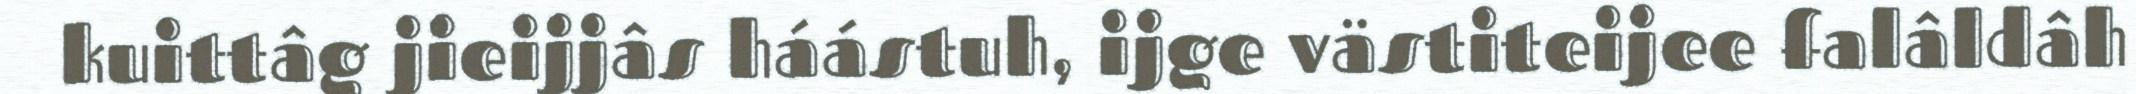
kuittâg jieijjâs háástuh, ijge västiteijee falâldâh